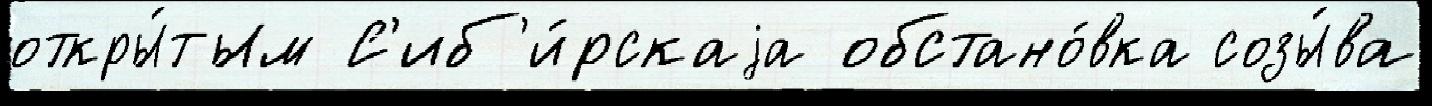
откры́тым С'иб'и́рскаjа обстано́вка созы́ва